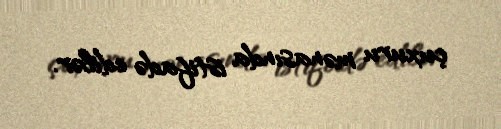
çuxuru mənasında istifadə edilər.